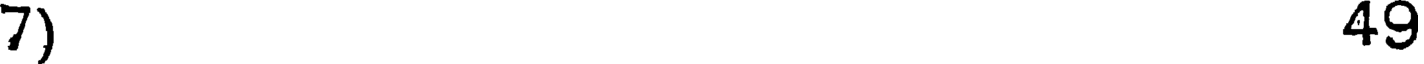
7) 49